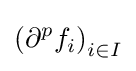
\left(\partial ^{p}f_{i}\right)_{i\in I}